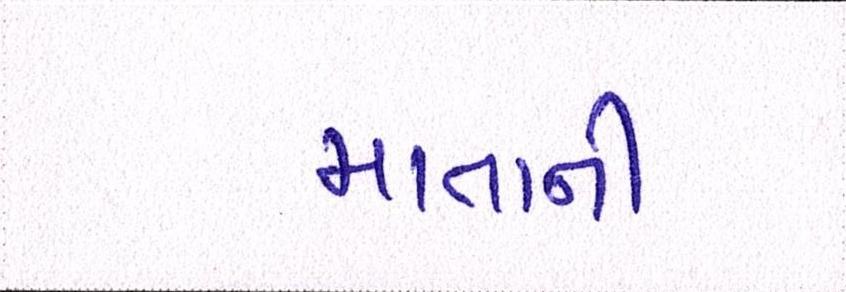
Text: માતાની